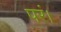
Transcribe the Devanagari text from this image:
परं।